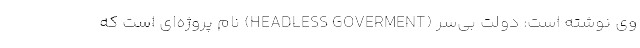
وی نوشته است: دولت بی‌سر (HEADLESS GOVERMENT) نام پروژه‌ای است که